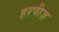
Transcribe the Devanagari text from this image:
हरपीज़